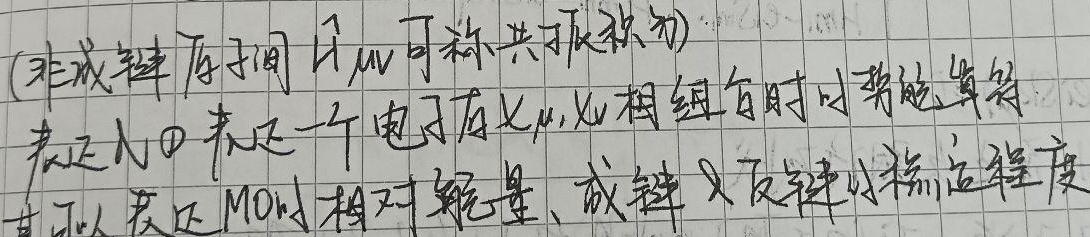
(非成键原子间$\mu_{\text{ij}}$可称共轭积分)表征$\mu$表示一个电子在$\chi_{\text{i}},\chi_{\text{j}}$相组合时的势能等，其可以表征MOs相对能量、成键又反键的稳定程度